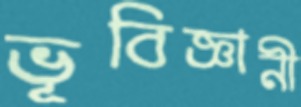
ভূবিজ্ঞানী